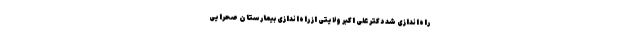
راه‌اندازی شد دکتر علی اکبر ولایتی از راه‌اندازی بیمارستان صحرایی